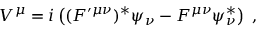
V ^ { \mu } = i \left( ( F ^ { \prime \mu \nu } ) ^ { * } \psi _ { \nu } - F ^ { \mu \nu } \psi _ { \nu } ^ { * } \right) \; ,